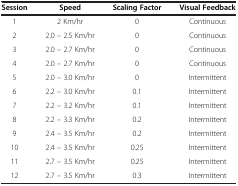
<table><thead><tr><td><b>Session</b></td><td><b>Speed</b></td><td><b>Scaling Factor</b></td><td><b>Visual Feedback</b></td></tr></thead><tbody><tr><td>1</td><td>2 Km/hr</td><td>0</td><td>Continuous</td></tr><tr><td>2</td><td>2.0 – 2.5 Km/hr</td><td>0</td><td>Continuous</td></tr><tr><td>3</td><td>2.0 – 2.7 Km/hr</td><td>0</td><td>Continuous</td></tr><tr><td>4</td><td>2.0 – 2.7 Km/hr</td><td>0</td><td>Continuous</td></tr><tr><td>5</td><td>2.0 – 3.0 Km/hr</td><td>0</td><td>Intermittent</td></tr><tr><td>6</td><td>2.2 – 3.0 Km/hr</td><td>0.1</td><td>Intermittent</td></tr><tr><td>7</td><td>2.2 – 3.2 Km/hr</td><td>0.1</td><td>Intermittent</td></tr><tr><td>8</td><td>2.2 – 3.3 Km/hr</td><td>0.2</td><td>Intermittent</td></tr><tr><td>9</td><td>2.4 – 3.5 Km/hr</td><td>0.2</td><td>Intermittent</td></tr><tr><td>10</td><td>2.4 – 3.5 Km/hr</td><td>0.25</td><td>Intermittent</td></tr><tr><td>11</td><td>2.7 – 3.5 Km/hr</td><td>0.25</td><td>Intermittent</td></tr><tr><td>12</td><td>2.7 – 3.5 Km/hr</td><td>0.3</td><td>Intermittent</td></tr></tbody></table>